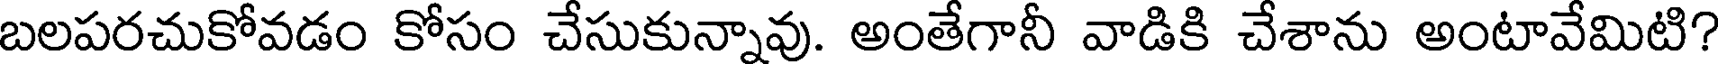
బలపరచుకోవడం కోసం చేసుకున్నావు. అంతేగానీ వాడికి చేశాను అంటావేమిటి?